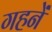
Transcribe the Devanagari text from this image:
गहनें